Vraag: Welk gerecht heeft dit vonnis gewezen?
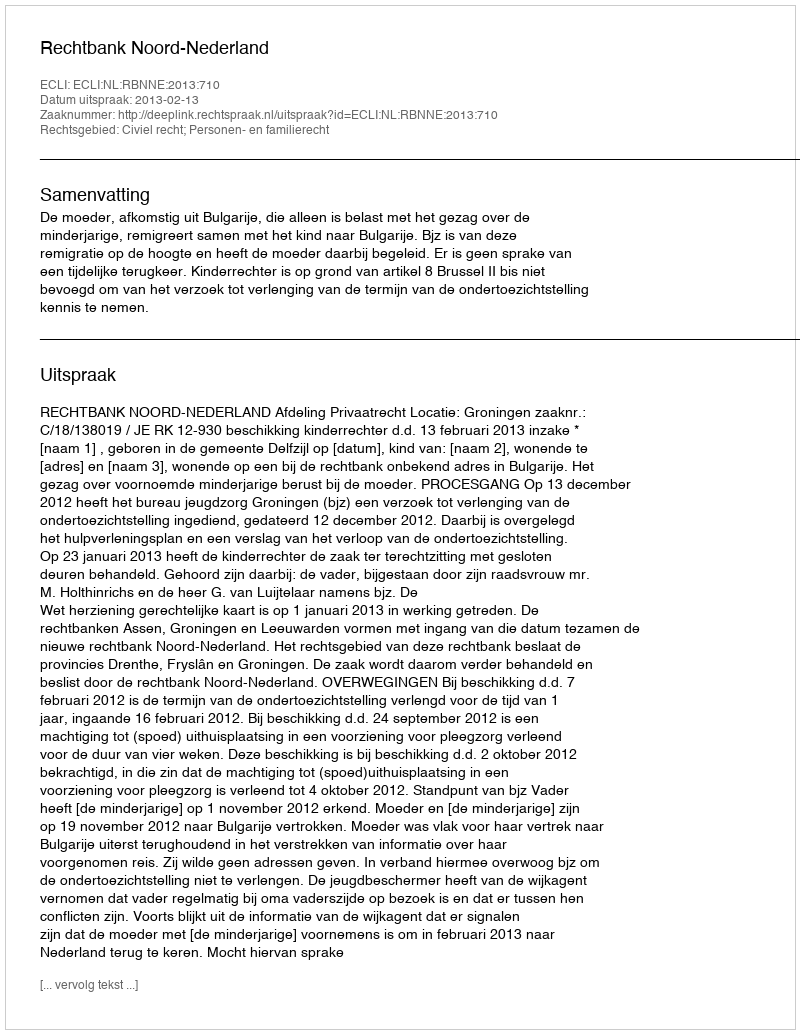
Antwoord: Rechtbank Noord-Nederland